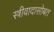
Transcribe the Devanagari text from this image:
स्त्रीवादासोबत